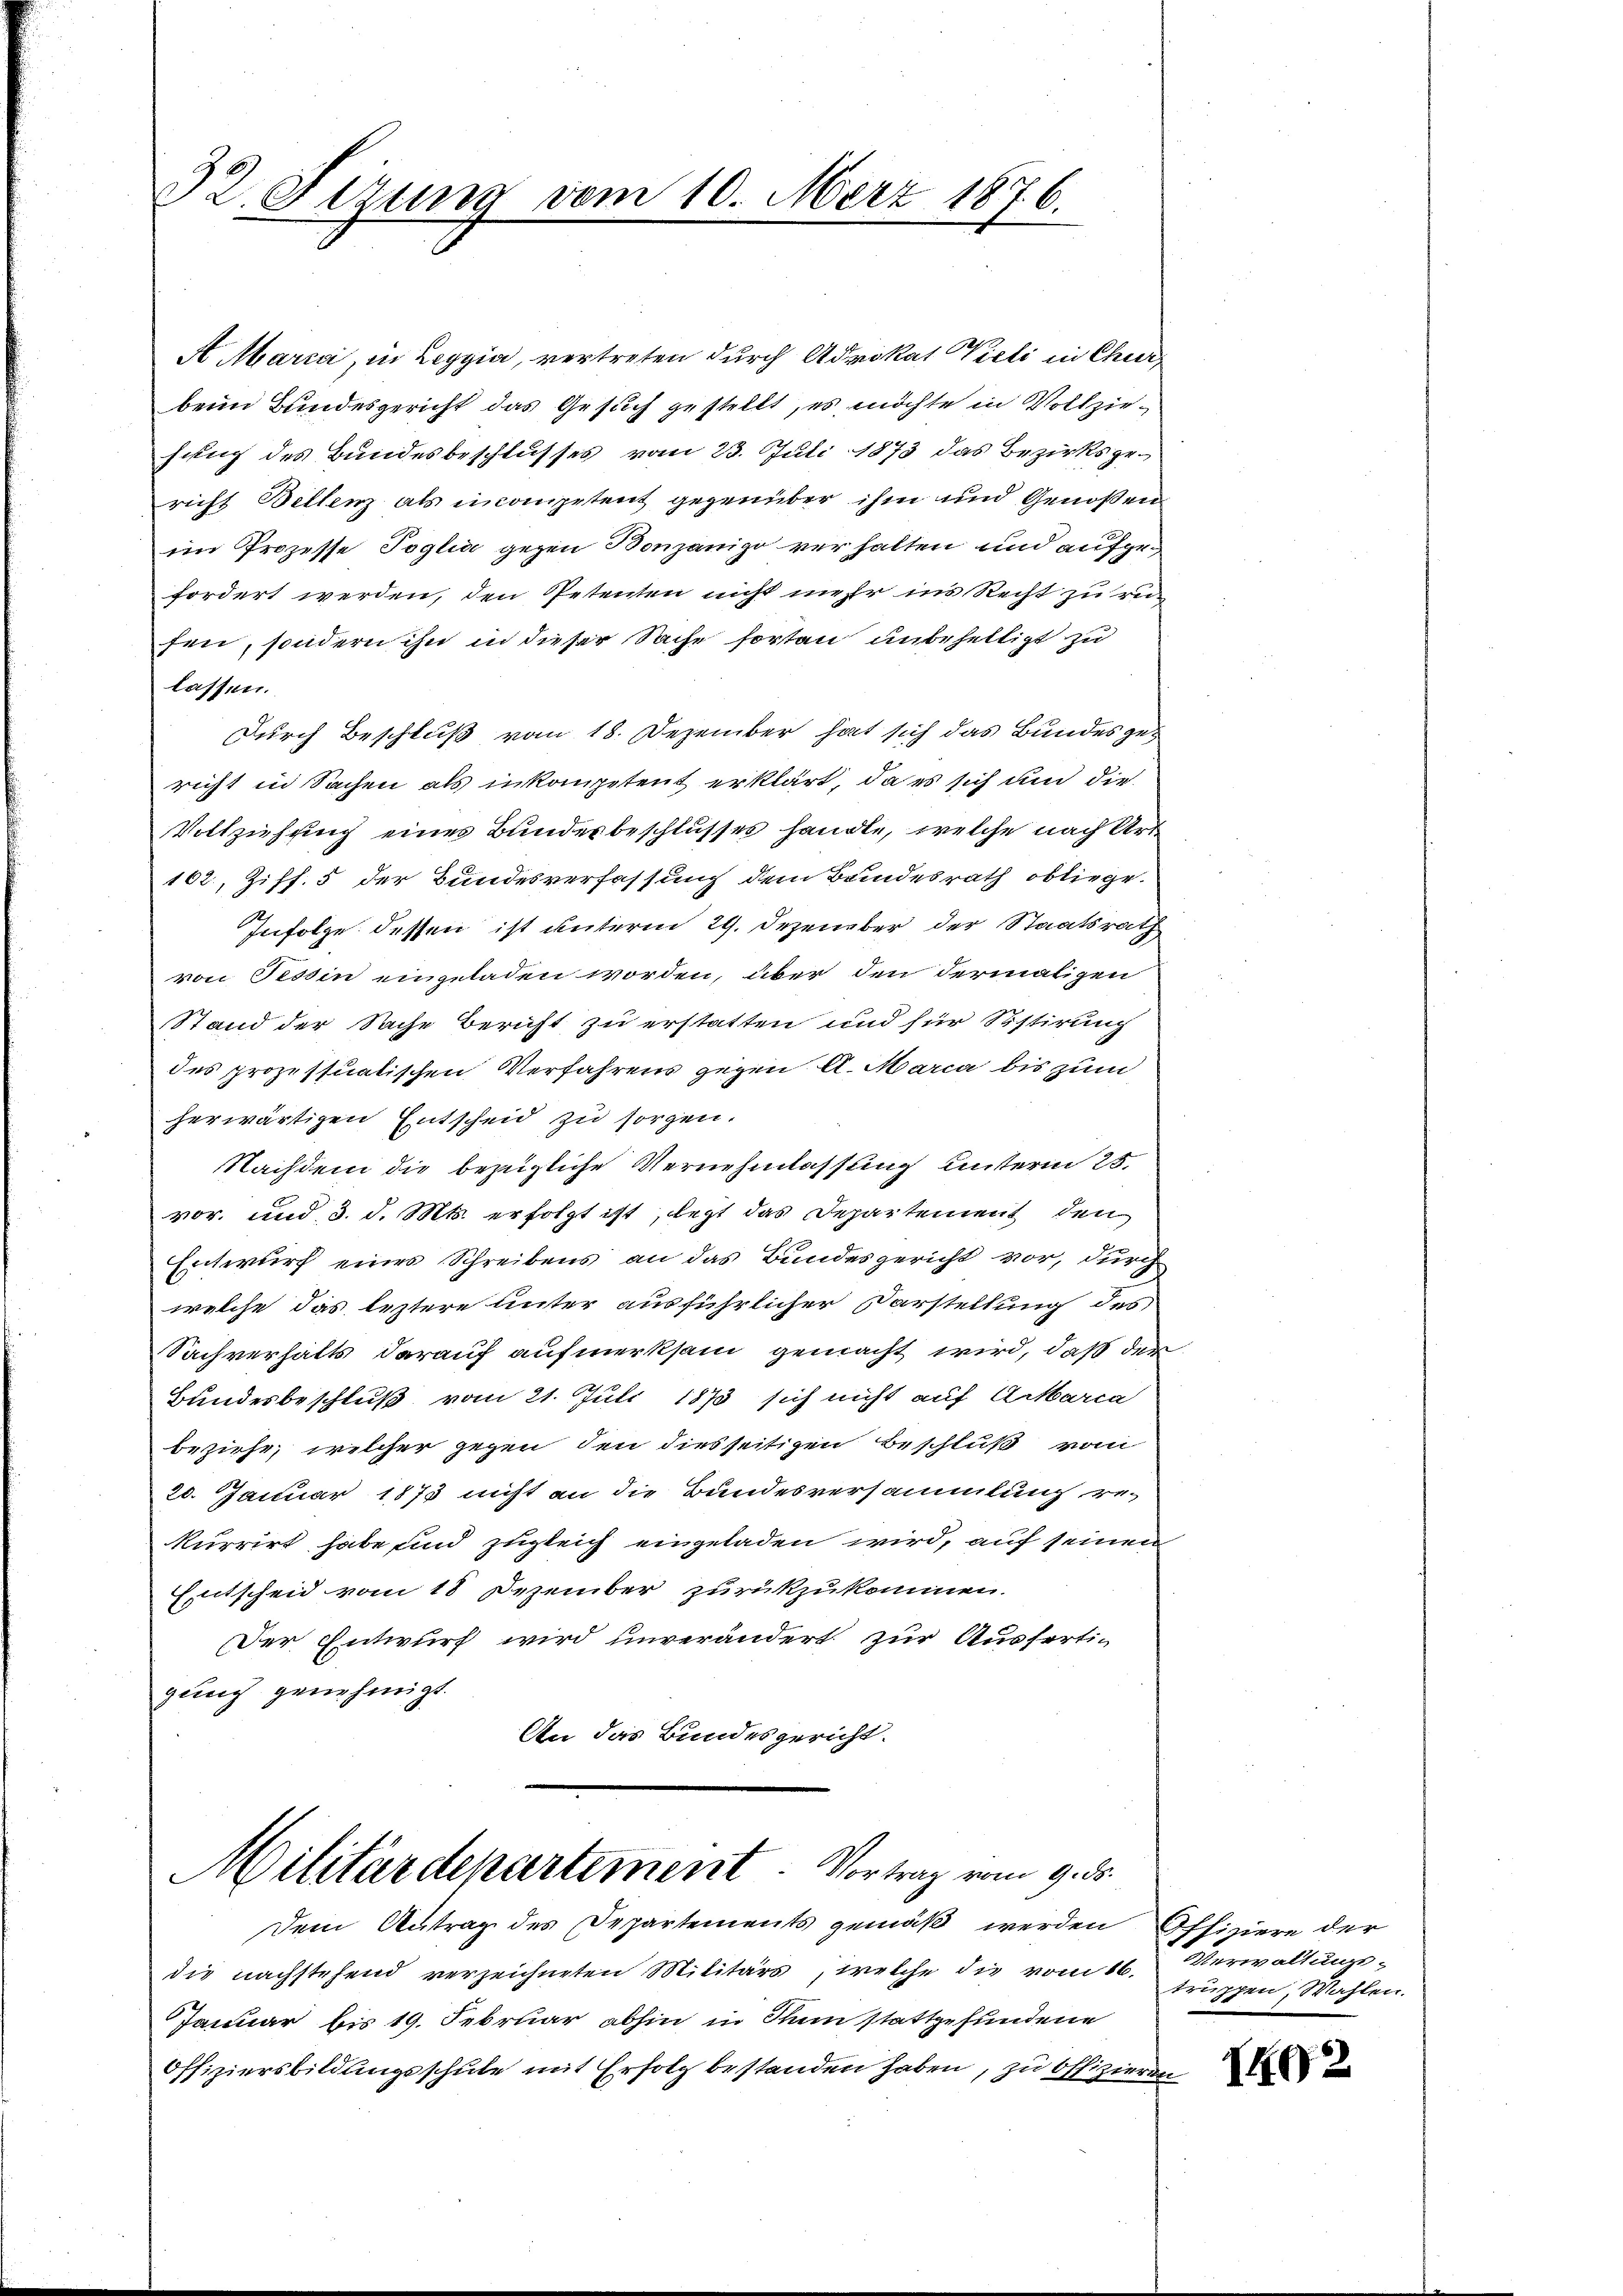
32. Sirung vom 10. März 1876.

A Marca, in Leggia, vertreten durch Advokat Vieli in Churbeim Bundesgericht das Gesuch gestellt, es möchte in Vollziefung des Bundesbeschlusses vom 23. Juli 1873 das Bezirksgericht Bellenz als incompetent gegenüber ihm und Genoßen
im Prozesse Poglia gegen Bonzanigo verhalten und aufgefordert werden, den Petenten nicht mehr in Recht zu rü
fen, sondern ihn in dieser Sache fortan unbehelligt zu
lassen.
Durch Beschluß vom 18. Dezember hat sich das Bundesgericht in Sachen als inkompetent erklärt, da es sich und die
Vollziehung eines Bundesbeschlusses handle, welche nach Art
102, Ziff. 5 der Bundesverfassung dem Bundesrath obliege.
Infolge dessen ist unterm 29. Dezember der Staatsrath
von Tessin eingeladen worden, über den dermaligen
Stand der Sache Bericht zu erstatten und für Sistirung
des prozessualischen Verfahrens gegen A. Maria bis zum
herwärtigen Entscheid zu sorgen.
Nachdem die bezügliche Vernehmlassung unterm 25.
vor, und 3. d. Mts. erfolgt ist, legt das Departement den
Entwurf eines Schreibens an das Bundesgericht vor, durch
welche das leztere Unter ausführlicher Darstellung des
Sachverhalts darauf aufmerksam gemacht wird, daß der
Bundesbeschluß vom 21. Juli 1873 sich nicht auf Artbarca
beziehe, welcher gegen den dies seitigen Beschluß vom
20. Januar 1875 nicht an die Bundesversammlung rekurrirt habe und zugleich eingeladen wird, auf seinen
Entscheid vom 18 Dezember zurückzukommen.
Der Entwurf wird unverändert zur Ausfertigung genehmigt.
An das Bundesgericht.

Militärdepartement. Vortrag vom 9. ds.
Dem Antrag des Departements gemäß werden

die nachstehend verzeichneten Militärs, welche die vom 16. Verwaltungs¬
Januar bis 19. Februar abhin in Thun stattgefundene
Offiziersbildungsschule mit Erfolg bestanden haben, zu Offizieren

Iffiziere der
truppen, Wahlen.

1492